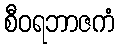
စီဝရဘာဇကံ